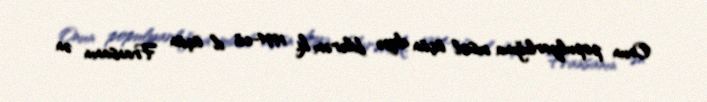
Onun populyarlığına misal üçün deyə bilərəm ki, 1994-cü il üçün Fransanın ən